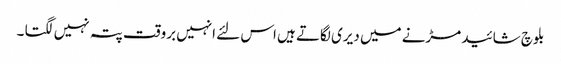
بلوچ شائید مڑنے میں دیری لگاتے ہیں اس لئے انہیں بروقت پتہ نہیں لگتا ۔